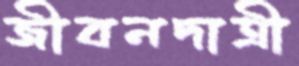
জীবনদাত্রী